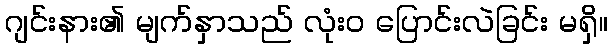
ဂျင်းနား၏ မျက်နှာသည် လုံးဝ ပြောင်းလဲခြင်း မရှိ။